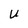
Character: U